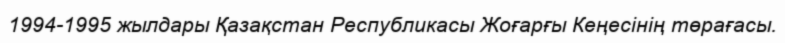
1994-1995 жылдары Қазақстан Республикасы Жоғарғы Кеңесінің төрағасы.